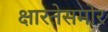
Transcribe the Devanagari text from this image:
क्षारतेसमोर